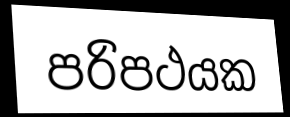
පරිපථයක